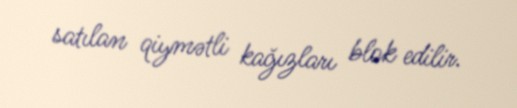
satılan qiymətli kağızları blok edilir.